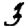
Digit: 3